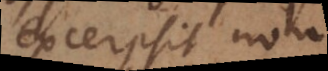
excerpsit non